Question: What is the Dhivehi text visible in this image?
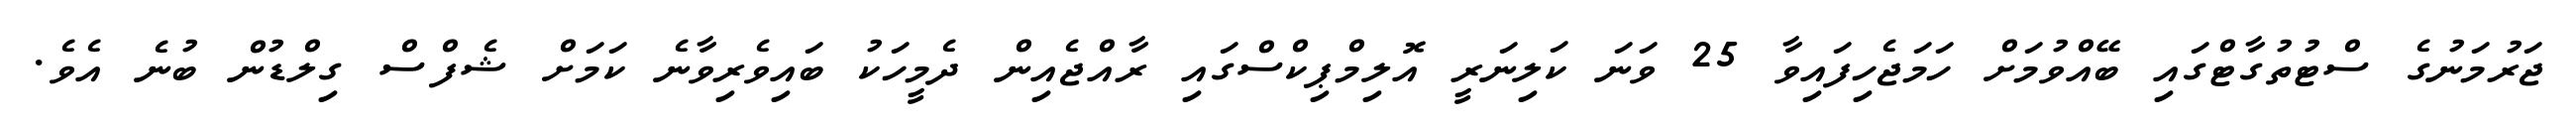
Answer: ޖަރުމަނުގެ ސްޓުތުގާޓްގައި ބޭއްވުމަށް ހަމަޖެހިފައިވާ 25 ވަނަ ކަލިނަރީ އޮލިމްޕިކްސްގައި ރާއްޖެއިން ދެމީހަކު ބައިވެރިވާނެ ކަމަށް ޝެފްސް ގިލްޑުން ބުނެ އެވެ.